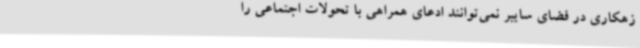
زهکاری در فضای سایبر نمی‌توانند ادعای همراهی با تحولات اجتماعی را